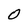
Character: O